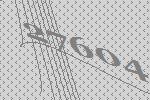
27604